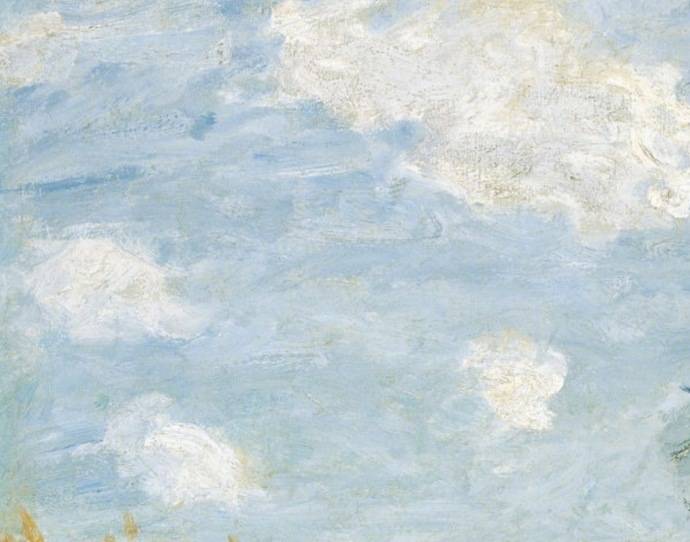
白云一片去悠悠，青枫浦上不胜愁。